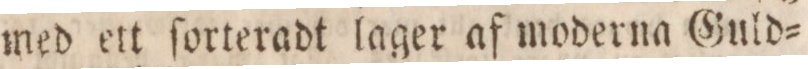
med ett ſorteradt lager af moderna Guld=